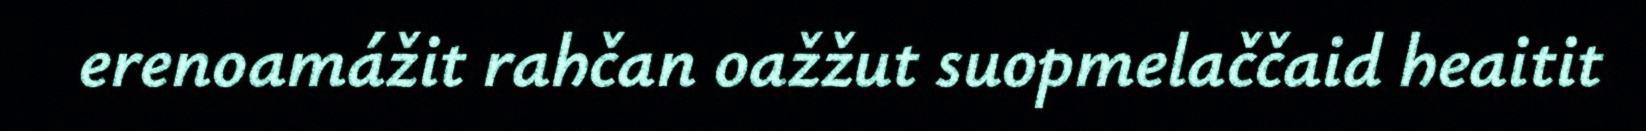
erenoamážit rahčan oažžut suopmelaččaid heaitit